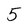
Character: 5